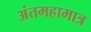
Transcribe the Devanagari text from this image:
अंतमहामात्र